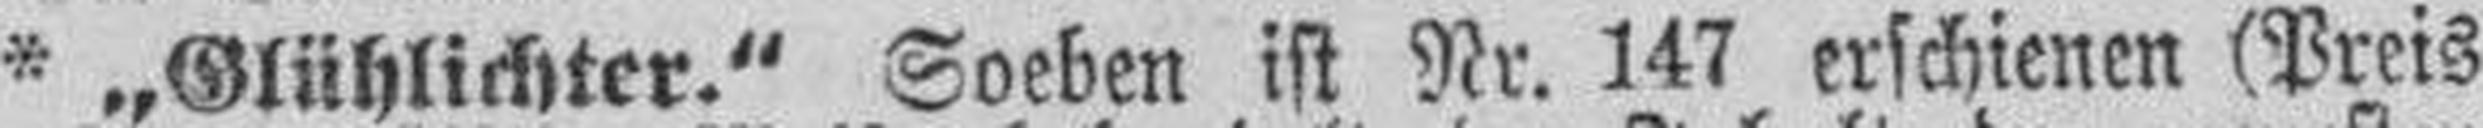
* „Glühlichter." Soeben ist Nr. 147 erschienen (Preis